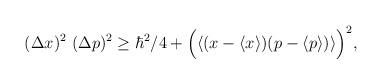
LaTeX: \begin{align*}(\Delta x )^2 ~(\Delta p )^2 \geq \hbar^2/4 +\Bigl (\langle (x-\langle x\rangle ) (p-\langle p\rangle) \rangle \Bigr )^2,\end{align*}